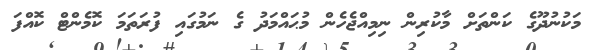
މަކުނުދޫގެ ކަންތަށް މާކުރިން ނިމިއްޖެހެން މުޙައްމަދު ގެ ނަމުގައި ފުރަތަމަ ކޮމެންޓް ކޮއްފަ